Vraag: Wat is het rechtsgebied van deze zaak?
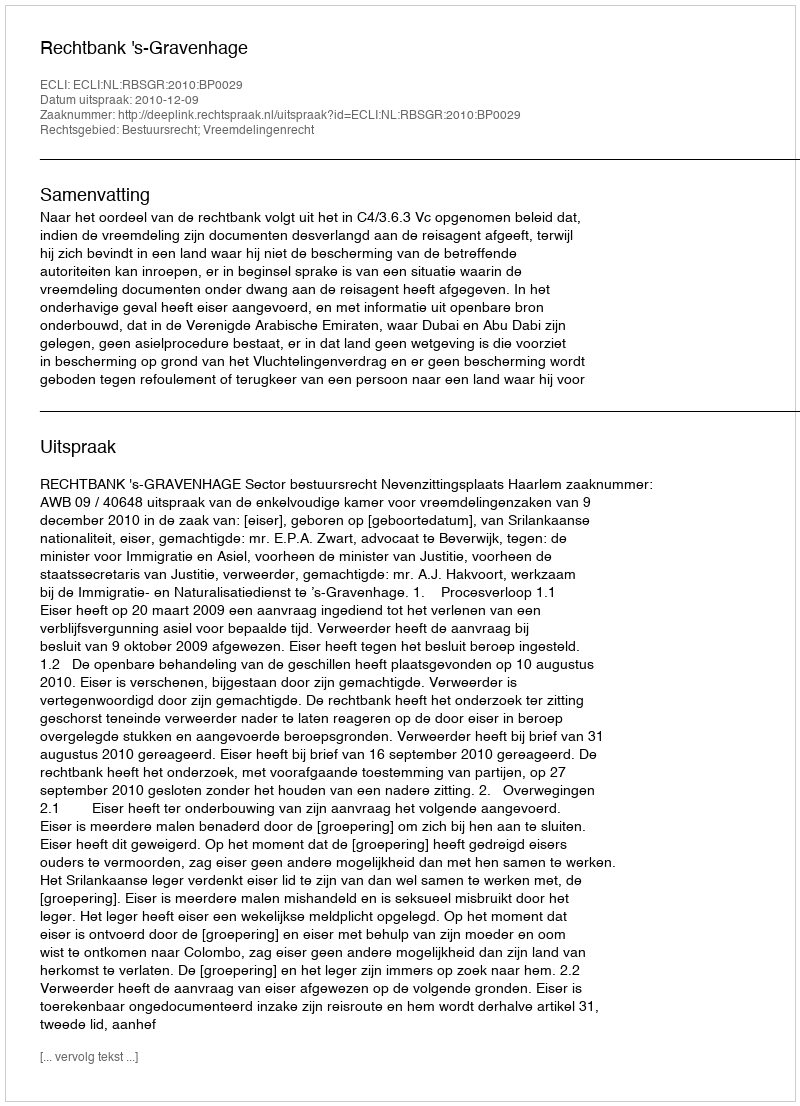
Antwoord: Bestuursrecht; Vreemdelingenrecht